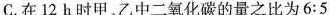
C.在12h时甲、乙中二氧化碳的量之比为6:5